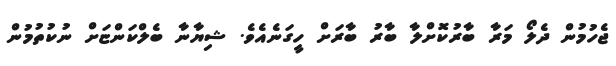
ޖެހުމުން ދެލޯ މަރާ ބާރުކޮށްލާ ބާރު ބާރަށް ހީގަނެއެވެ. ޝިޔާނާ ބެލްކަންޏަށް ނުކުތުމުން